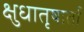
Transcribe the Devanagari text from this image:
क्षुधातृषार्ता